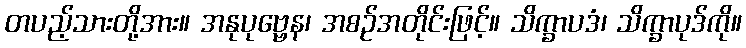
တပည့်သားတို့အား။ အနုပုဗ္ဗေန၊ အစဉ်အတိုင်းဖြင့်။ သိက္ခာပဒံ၊ သိက္ခာပုဒ်ကို။